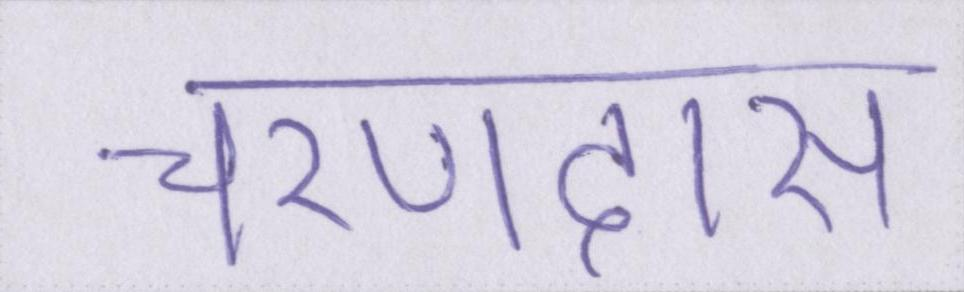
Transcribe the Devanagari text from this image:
चरणदास